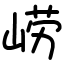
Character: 崂